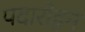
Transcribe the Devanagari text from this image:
पदारोहन